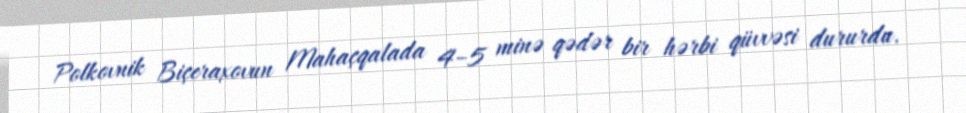
Polkovnik Biçeraxovun Mahaçqalada 4–5 minə qədər bir hərbi qüvvəsi dururdu.